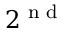
2 ^ { \textnormal { n d } }